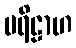
ပရိဠာဟ